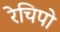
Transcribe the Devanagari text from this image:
रेचिपो